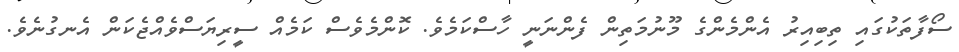
ސޯފާތަކުގައި ތިބިއިރު އެންމެންގެ މޫނުމަތިން ފެންނަނީ ހާސްކަމެވެ. ކޮންމެވެސް ކަމެއް ސީރިޔަސްވެއްޖެކަން އެނގުނެވެ.